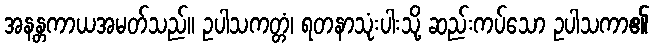
အနန္တကာယအမတ်သည်။ ဥပါသကတ္တံ၊ ရတနာသုံးပါးသို့ ဆည်းကပ်သော ဥပါသကာ၏